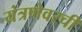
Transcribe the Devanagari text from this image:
यंत्रणेवरची